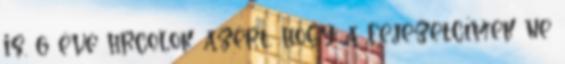
is. 6 éve hrcolok azért, hogy a fejezetcímek ne